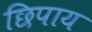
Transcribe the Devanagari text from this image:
छिपाय